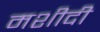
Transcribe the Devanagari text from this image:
मशीदी